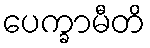
ပေက္ခာမီတိ